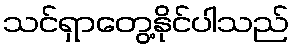
သင်ရှာတွေ့နိုင်ပါသည်